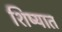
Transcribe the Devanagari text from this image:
शिष्यात